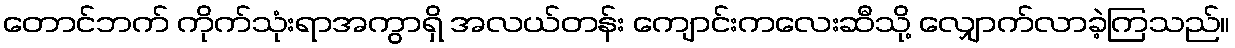
တောင်ဘက် ကိုက်သုံးရာအကွာရှိ အလယ်တန်း ကျောင်းကလေးဆီသို့ လျှောက်လာခဲ့ကြသည်။